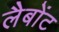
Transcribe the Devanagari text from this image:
लैबोंट